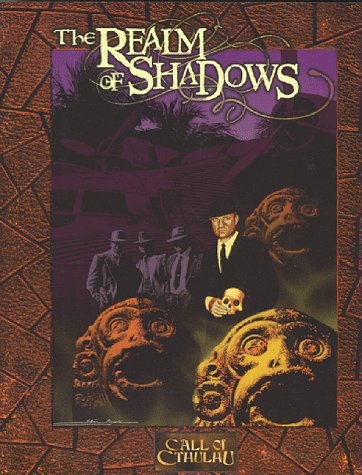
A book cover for The Realm of Shadows (Call of Cthulhu); Blair Reynolds; Science Fiction & Fantasy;